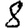
Digit: 8